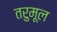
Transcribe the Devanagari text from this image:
तरुमूल